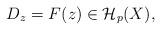
LaTeX: \begin{align*} D_z = F(z) \in \mathcal{H}_p(X), \end{align*}